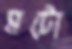
মটো